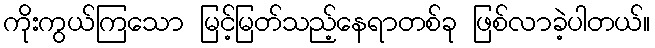
ကိုးကွယ်ကြသော မြင့်မြတ်သည့်နေရာတစ်ခု ဖြစ်လာခဲ့ပါတယ်။